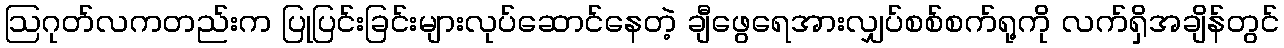
ဩဂုတ်လကတည်းက ပြုပြင်းခြင်းများလုပ်ဆောင်နေတဲ့ ချီဖွေရေအားလျှပ်စစ်စက်ရု့ကို လက်ရှိအချိန်တွင်